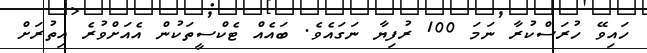
ހައިވޭ ހުރަސްކުރާ ނަމަ 100 ރުފިޔާ ނަގައެވެ. ބައެއް ޓެކްސީތަކުން އެއަށްވުރެ އިތުރަށް